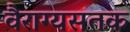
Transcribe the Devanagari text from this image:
वैराग्यसतक